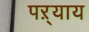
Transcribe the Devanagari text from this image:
पऱ्याय